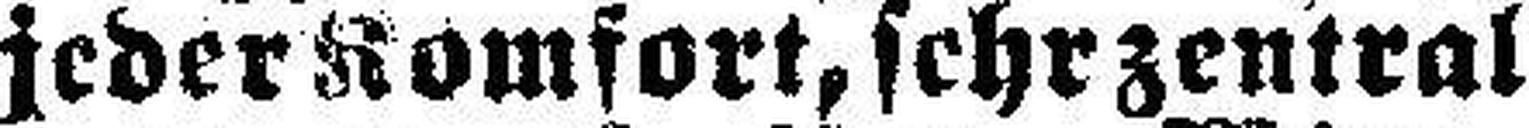
jeder Komfort, sehr zentral